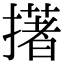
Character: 擆